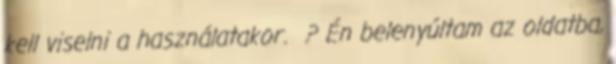
kell viselni a használatakor. ? Én belenyúltam az oldatba,